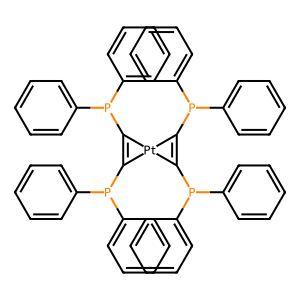
SMILES: c1ccc(P(C2=C(P(c3ccccc3)c3ccccc3)[Pt]23C(P(c2ccccc2)c2ccccc2)=C3P(c2ccccc2)c2ccccc2)c2ccccc2)cc1
Inhibits HIV replication: No